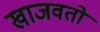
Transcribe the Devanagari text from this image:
खाजवतो